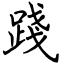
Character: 踐